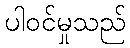
ပါဝင်မှုသည်